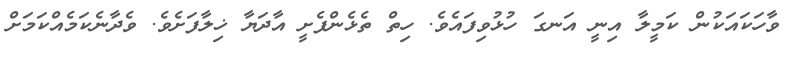
ވާހަކައަކުން ކަމީލާ އިނީ އަނގަ ހުޅުވިފައެވެ. ހިތް ތެޅެންފެށީ އާދަޔާ ޚިލާފަށެވެ. ވެދާނެކަމެއްކަމަށް